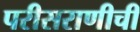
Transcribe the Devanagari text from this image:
परीसराणीची